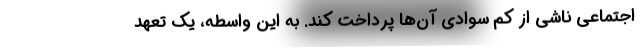
اجتماعی ناشی از کم سوادی آن‌ها پرداخت کند. به این واسطه، یک تعهد